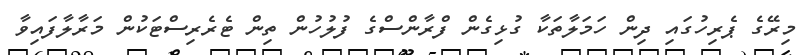
މިރޭގެ ޕެރިހުގައި ދިން ހަމަލާތަކާ ގުޅިގެން ފްރާންސްގެ ފުލުހުން ތިން ޓެރެރިސްޓަކުން މަރާލާފައިވާ